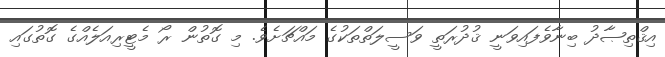
އިޤްތިޞާދު ބިނާވެފައިވަނީ ޤުދުރަތީ ވަސީލަތްތަކުގެ މައްޗަށެވެ. މި ގޮތުން ރޯ މެޓީރިއަލެއްގެ ގޮތުގައި